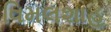
વિમલશાહ